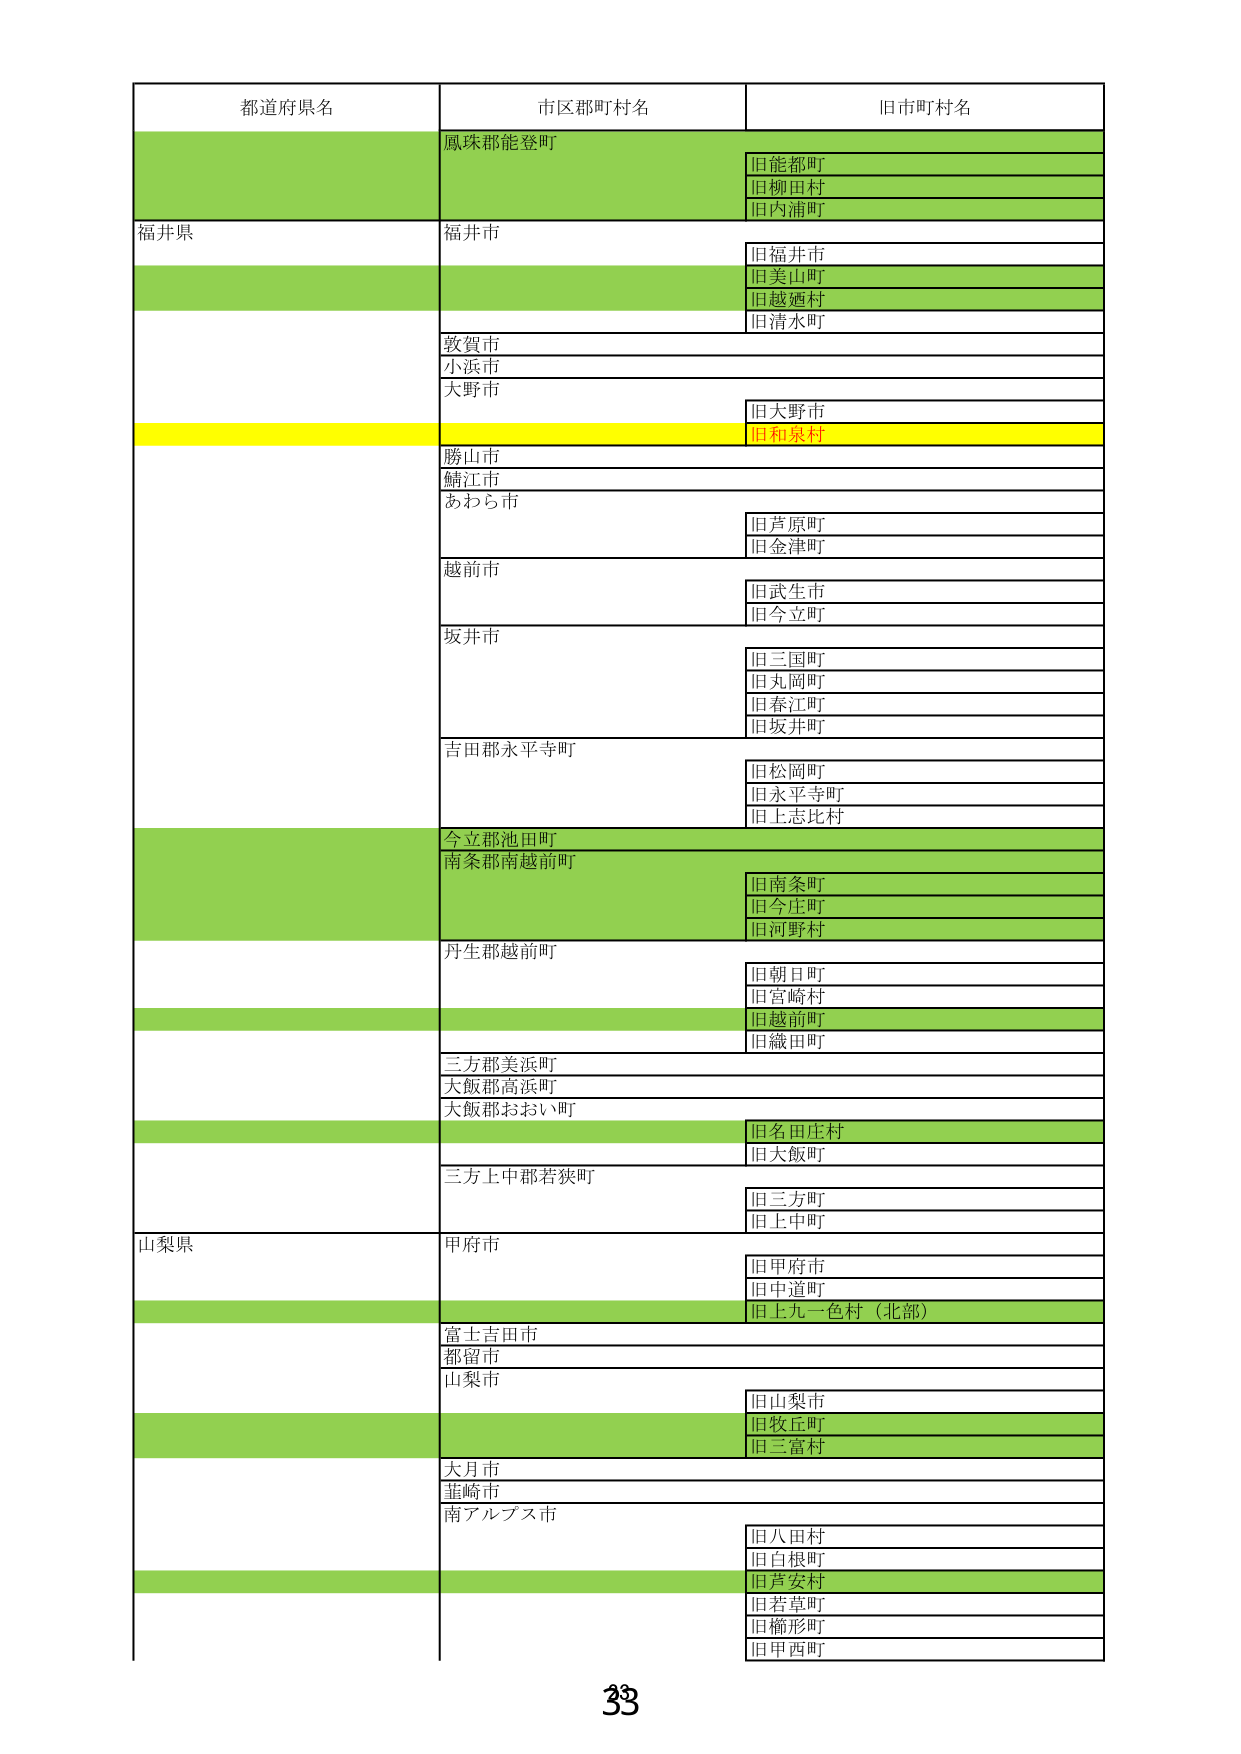
都道府県名
市区郡町村名
旧市町村名
鳳珠郡能登町
旧能都町
旧柳田村
旧内浦町
福井県
福井市
旧福井市
旧美山町
旧越廼村
旧清水町
敦賀市
小浜市
大野市
旧大野市
旧和泉村
勝山市
鯖江市
あわら市
旧芦原町
旧金津町
越前市
旧武生市
旧今立町
坂井市
旧三国町
旧丸岡町
旧春江町
旧坂井町
吉田郡永平寺町
旧松岡町
旧永平寺町
旧上志比村
今立郡池田町
南条郡南越前町
旧南条町
旧今庄町
旧河野村
丹生郡越前町
旧朝日町
旧宮崎村
旧越前町
旧織田町
三方郡美浜町
大飯郡高浜町
大飯郡おおい町
旧名田庄村
旧大飯町
三方上中郡若狭町
旧三方町
旧上中町
山梨県
甲府市
旧甲府市
旧中道町
旧上九一色村（北部）
富士吉田市
都留市
山梨市
旧山梨市
旧牧丘町
旧三富村
大月市
韮崎市
南アルプス市
旧八田村
旧白根町
旧芦安村
旧若草町
旧櫛形町
旧甲西町
33